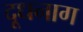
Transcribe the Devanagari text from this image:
दूधनाग